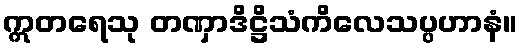
ဣတရေသု တဏှာဒိဋ္ဌိသံကိလေသပ္ပဟာနံ။